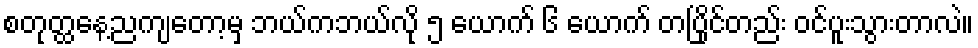
စတုတ္ထနေ့ညကျတော့မှ ဘယ်ကဘယ်လို ၅ ယောက် ၆ ယောက် တပြိုင်တည်း ဝင်ပူးသွားတာလဲ။